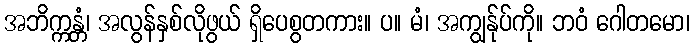
အဘိက္ကန္တံ၊ အလွန်နှစ်လိုဖွယ် ရှိပေစွတကား။ ပ။ မံ၊ အကျွန်ုပ်ကို။ ဘဝံ ဂေါတမော၊